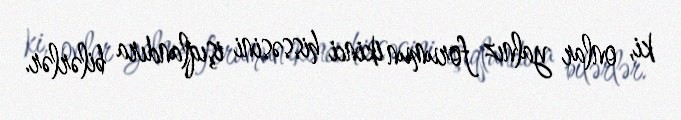
ki, onlar yalnız forumun ikinci hissəsini işıqlandıra bilərlər.